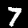
Digit: 7